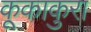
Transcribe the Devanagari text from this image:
कूकाकुरा